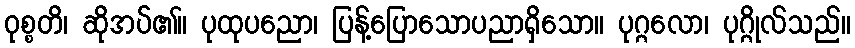
ဝုစ္စတိ၊ ဆိုအပ်၏။ ပုထုပညော၊ ပြန့်ပြောသောပညာရှိသော။ ပုဂ္ဂလော၊ ပုဂ္ဂိုလ်သည်။